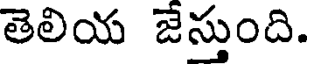
తెలియ జేస్తుంది.